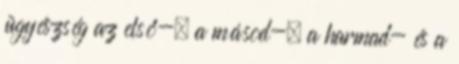
ügyészség az első-, a másod-, a harmad- és a